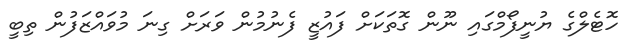
ހޮޓެލްގެ ޔުނީފޯމްގައި ނޫން ގޮތަކަށް ފައުޒީ ފެނުމުން ވަރަށް ގިނަ މުވައްޒަފުން ތިބީ